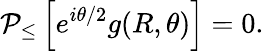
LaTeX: {\cal P}_{\leq}\left[e^{i\theta/2}g(R,\theta)\right]=0.